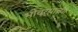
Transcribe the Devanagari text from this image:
भोवर्‍याच्या